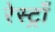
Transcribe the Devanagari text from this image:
रेस्ट्राँ